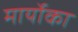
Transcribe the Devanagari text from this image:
मार्योका